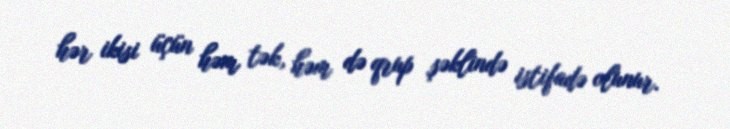
hər ikisi üçün həm tək, həm də qrup şəklində istifadə olunur.